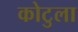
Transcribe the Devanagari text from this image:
कोटुला